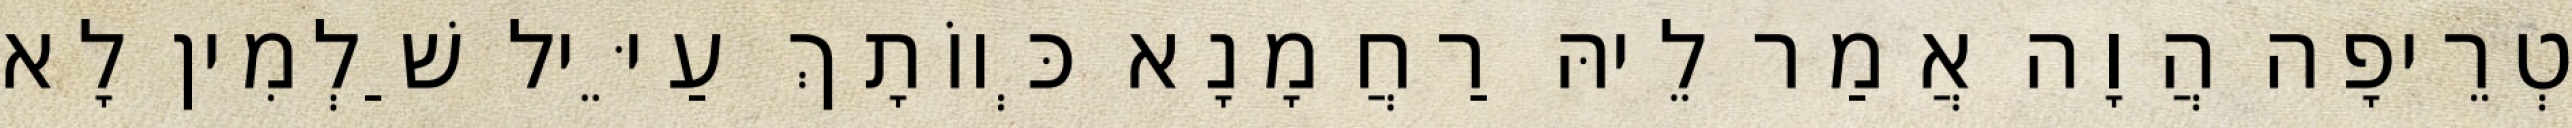
טְרֵיפָה הֲוָה אֲמַר לֵיהּ רַחֲמָנָא כְּווֹתָךְ עַיֵּיל שַׁלְמִין לָא